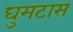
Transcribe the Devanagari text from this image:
घुमटास